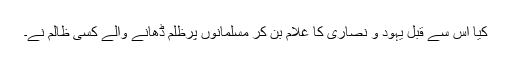
کیا اس سے قبل یہود و نصاریٰ کا غلام بن کر مسلمانوں پرظلم ڈھانے والے کسی ظالم نے۔